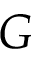
G